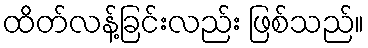
ထိတ်လန့်ခြင်းလည်း ဖြစ်သည်။